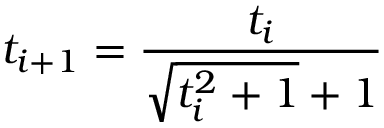
t _ { i + 1 } = { \frac { t _ { i } } { { \sqrt { t _ { i } ^ { 2 } + 1 } } + 1 } }